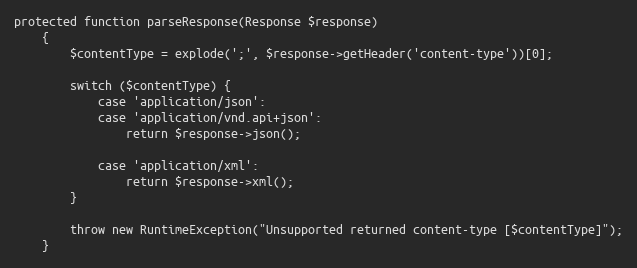
Language: PHP
protected function parseResponse(Response $response)
    {
        $contentType = explode(';', $response->getHeader('content-type'))[0];

        switch ($contentType) {
            case 'application/json':
            case 'application/vnd.api+json':
                return $response->json();

            case 'application/xml':
                return $response->xml();
        }

        throw new RuntimeException("Unsupported returned content-type [$contentType]");
    }